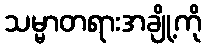
သမ္မာတရားအချို့ကို